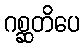
ဂစ္ဆတိပေ